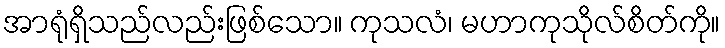
အာရုံရှိသည်လည်းဖြစ်သော။ ကုသလံ၊ မဟာကုသိုလ်စိတ်ကို။